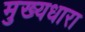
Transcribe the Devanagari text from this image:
मुख्‍यधारा